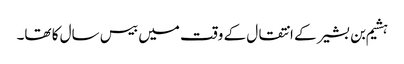
ہشیم بن بشیر کے انتقال کے وقت میں بیس سال کا تھا۔